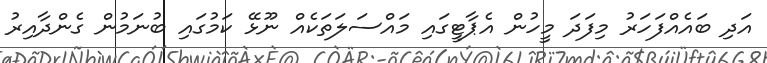
އަދި ބައެއްފަހަރު މިފަދަ މީހުން އެޕާޓީގައި މައްސަލަތަކެއް ނޫޅޭ ކަމުގައި ބުނަމުން ގެންދާއިރު